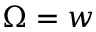
\Omega = w